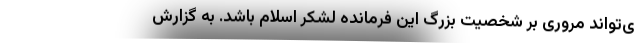
ی‌تواند مروری بر شخصیت بزرگ این فرمانده لشکر اسلام باشد. به گزارش